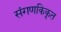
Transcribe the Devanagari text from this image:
संगणकिकृत